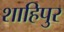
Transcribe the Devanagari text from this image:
शाहिपुर